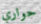
حواري